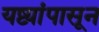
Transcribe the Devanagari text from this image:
यष्ट्यांपासून